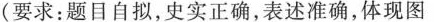
(要求：题目自拟，史实正确，表述准确，体现图